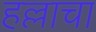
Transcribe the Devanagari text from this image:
हल्लाचा